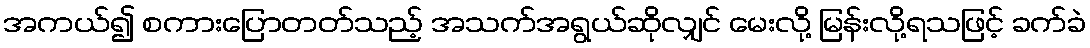
အကယ်၍ စကားပြောတတ်သည့် အသက်အရွယ်ဆိုလျှင် မေးလို့ မြန်းလို့ရသဖြင့် ခက်ခဲ